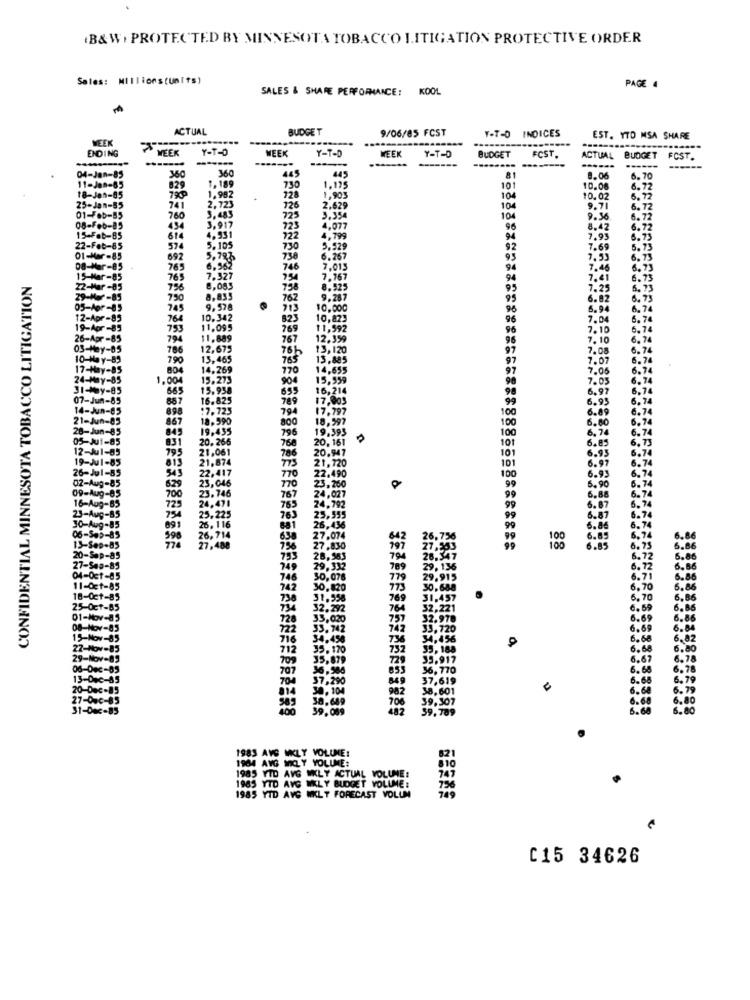
B&W. PROTECTED BY MINNESOTA TOBACCO LITIGATION PROTECTIVE ORDER
Sales: Millionstunits)
SALES & SHARE PERFORMANCE: KOOL
PAGE 4
ACTUAL
BUDGET
9/06/85 FCST
INDICES
WEEK
EST. YTD MSA SHARE
ENDING
WEEK
Y-T-D
WEEK
Y-T-D
WEEK
BUDGET
FCST.
---
------.
-------
Y-T-D
ACTUAL
BUDGET
FCST.
360
445
---
04-Jan-85
360
445
8.06
6.70
11-Jan-85
829
1,189
228
730
1.175
10
10.06
6.72
18-Jes-85
1,992
2.723
1,903
104
10.02
6.72
25-Jan-55
741
760
3,483
126
2.629
104
9.71
6.72
01-F.b-85
725
3.354
10
9.36
6.72
08-F.6-85
454
3,917
723
4,077
96
8.42
6.72
15-Fab-BS
614
4.931
722
4,799
94
7.93
6.73
22-Feb-85
574
5.105
730
5.529
92
7.69
5.73
692
5,78
738
6.267
93
7,53
6.7
08-Mar-85
765
6.362
746
7.013
94
7.46
6.73
CONFIDENTIAL MINNESOTA TOBACCO LITIGATION
5-Mar-85
765
7.327
754
7.767
94
7.41
6.75
2-Mar-85
8,085
758
8.525
95
7.25
6.73
-Her-85
8,835
762
9.287
95
6.82
6.73
5-for-85
745
9,578
713
10.000
96
6.94
Apr -85
768
10.342
823
10,823
96
7.04
Apr -85
753
11,095
769
11,592
96
Apr -85
794
11,889
767
12,359
96
7.10
03-May-05
786
12,675
13,120
97
7.08
10-May-85
790
13,465
765
13,885
97
7.07
17-Hay-85
804
14.269
770
14,655
97
7.05
24-May-85
1.004
15.273
904
15,959
98
7.05
31-May-85
665
15.938
655
16,214
98
6.97
07-Jun-85
857
16.825
789
6.95
14-Jun-85
898
:7.725
794
.797
100
6.89
21-Jun-85
867
18.590
18,997
100
6.80
28-Jun-85
845
19.435
800
19.393
100
6.
05-Ju1-85
831
20. 266
796
20, 161
101
6.
12-J1-85
21,061
768
20
101
19-Ju1-85
195
013
21.874
786
.720
6.
26-Jul-85
22,417
70
2.490
101
6.
02-Aug-85
543
6.29
23,046
770
23,260
100
99
09-Aug-85
700
23.746
99
6.
16-Aug-85
24,471
767
24.792
4.027
6.87
23-Aug-85
725
25,225
765
99
99
763
25,555
26.
99
30-Aug-85
26.116
06-Sep-85
598
638
27.074
6.
13-Sep-85
,488
75%
27.830
197
99
100
6.8
793
28,583
794
28
29.332
29,136
746
30,078
779
29.915
742
30,820
775
30.688
6,70
6.8
730
31.558
769
31,457
6.7
32.292
764
32,22
6.5
6. B
728
33,020
757
22.978
6.69
6.8.
722
1,720
6.6
716
6.6
5.02
712
35.170
33,188
6.
35,879
39.917
6,6
36,586
36,770
6.68
6.78
704
37,290
37,619
6.68
30.104
982
38,601
6.6
6.7
38.649
706
39,307
6.60
6.80
589
400
39,089
482
39,789
6.6
6.80
1983 AVG WKLY VOLUME:
1964 AVG INCLY VOLUME:
1985 VID AVG WKLY ACTUAL VOLUME:
747
1985 YTD AVG WKLY BUDGET VOLUME:
756
1985 YTD AVG WKLY FORECAST VOLUM
C15 34626